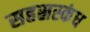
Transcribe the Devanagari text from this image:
सहस्रस्कंध